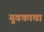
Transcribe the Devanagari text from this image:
युवकाचा